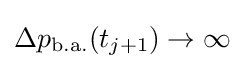
\Delta p_{\rm {b.a.}}(t_{j+1})\to \infty